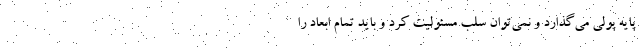
پایه پولی می‌گذارد و نمی‌توان سلب مسئولیت کرد و باید تمام ابعاد را